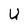
Character: U